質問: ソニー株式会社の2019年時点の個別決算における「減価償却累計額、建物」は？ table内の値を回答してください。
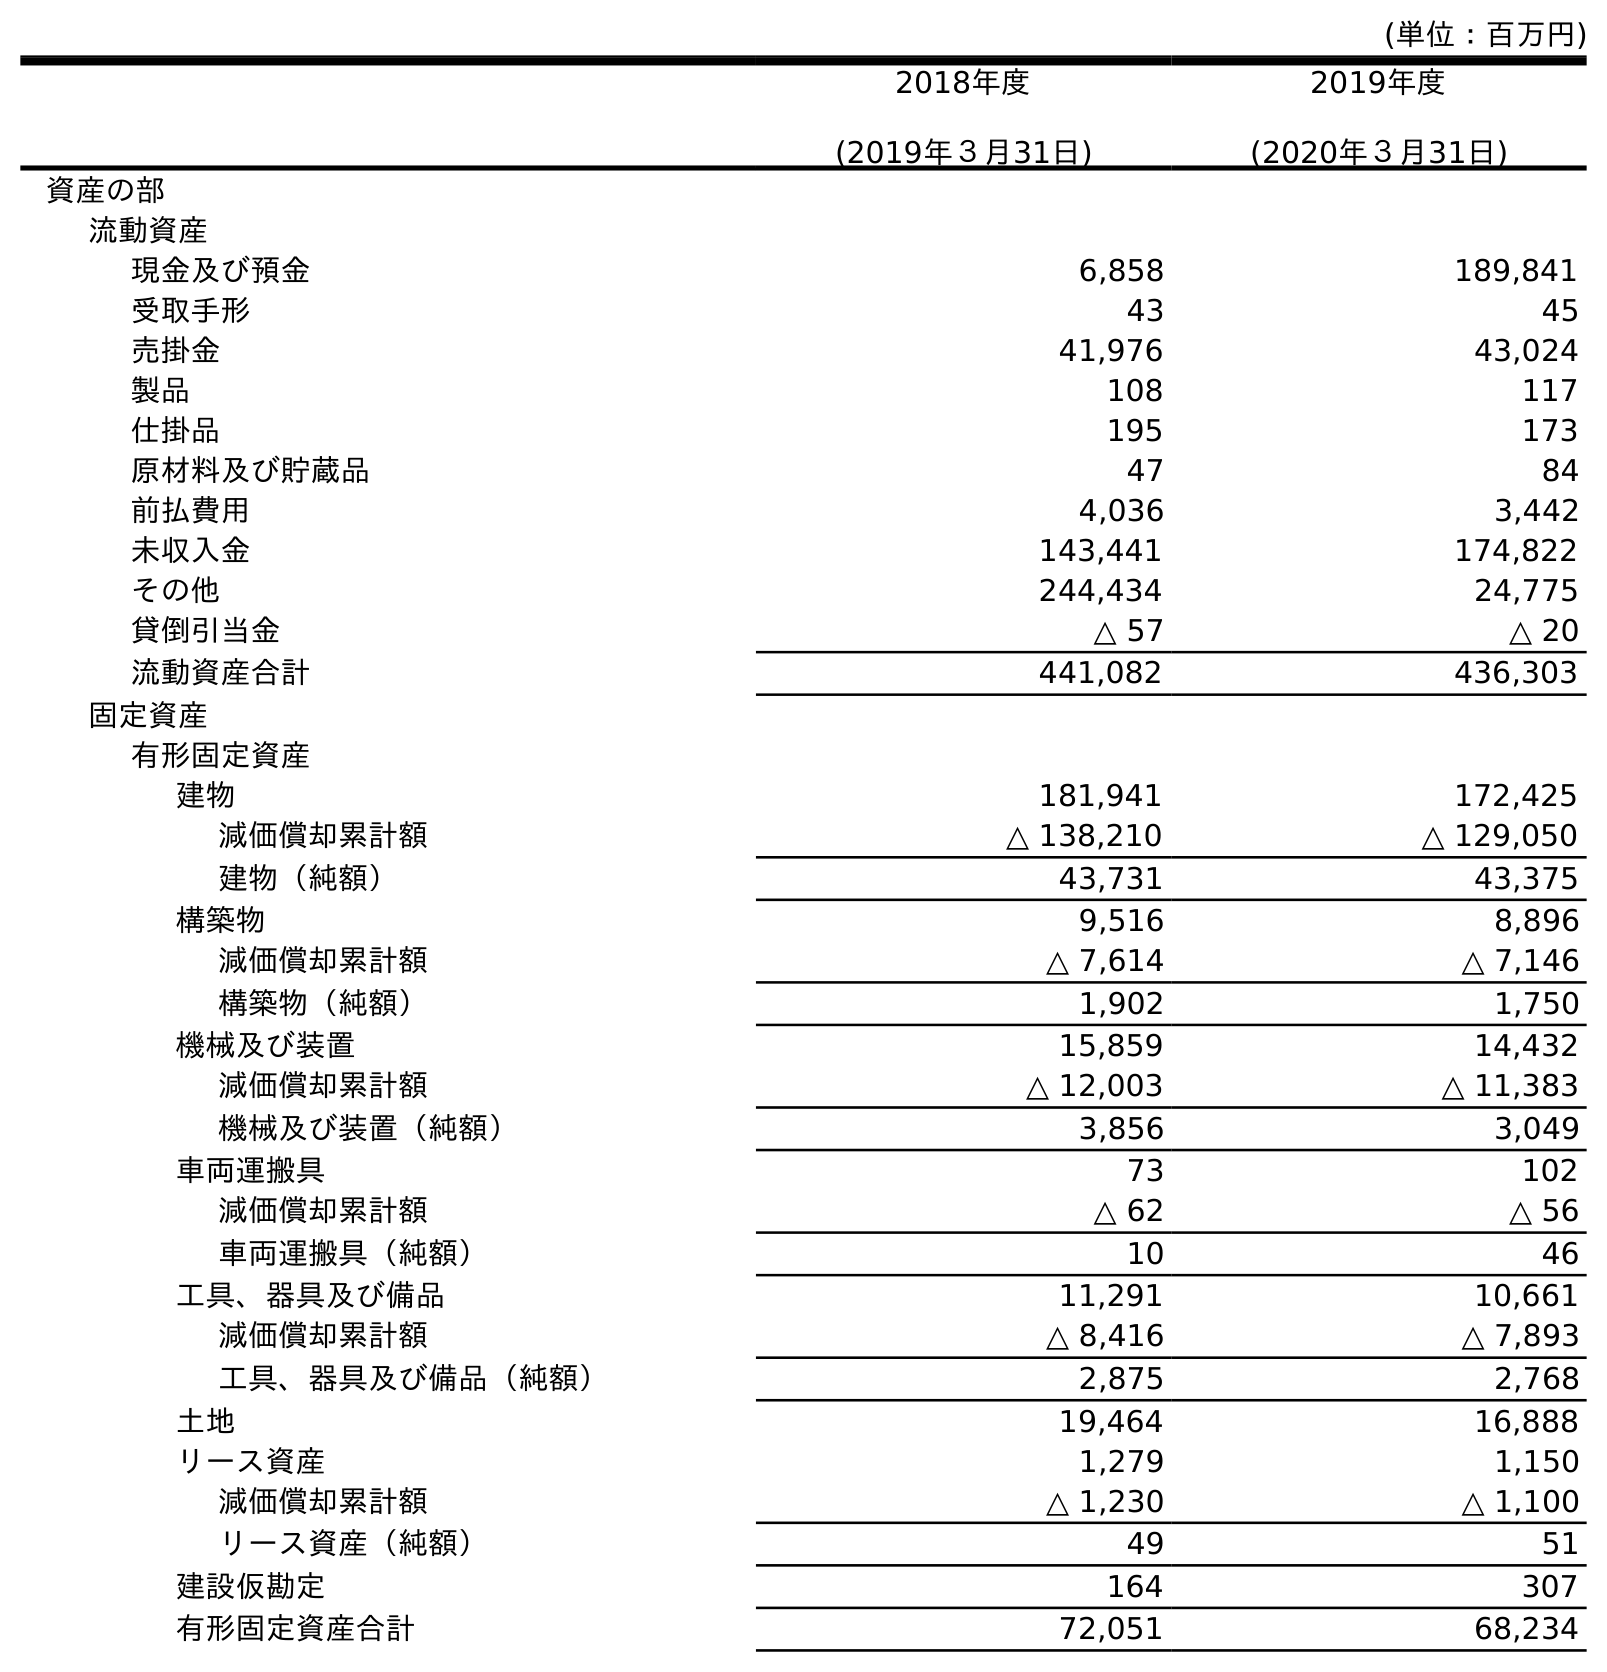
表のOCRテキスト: (単位：百万円) 2018年度 (2019年３月31日) 2019年度 (2020年３月31日) 資産の部 流動資産 現金及び預金 6,858 189,841 受取手形 43 45 売掛金 41,976 43,024 製品 108 117 仕掛品 195 173 原材料及び貯蔵品 47 84 前払費用 4,036 3,442 未収入金 143,441 174,822 その他 244,434 24,775 貸倒引当金 △ 57 △ 20 流動資産合計 441,082 436,303 固定資産 有形固定資産 建物 181,941 172,425 減価償却累計額 △ 138,210 △ 129,050 建物（純額） 43,731 43,375 構築物 9,516 8,896 減価償却累計額 △ 7,614 △ 7,146 構築物（純額） 1,902 1,750 機械及び装置 15,859 14,432 減価償却累計額 △ 12,003 △ 11,383 機械及び装置（純額） 3,856 3,049 車両運搬具 73 102 減価償却累計額 △ 62 △ 56 車両運搬具（純額） 10 46 工具、器具及び備品 11,291 10,661 減価償却累計額 △ 8,416 △ 7,893 工具、器具及び備品（純額） 2,875 2,768 土地 19,464 16,888 リース資産 1,279 1,150 減価償却累計額 △ 1,230 △ 1,100 リース資産（純額） 49 51 建設仮勘定 164 307 有形固定資産合計 72,051 68,234
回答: △138,210